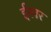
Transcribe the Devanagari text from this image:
ईस्वर